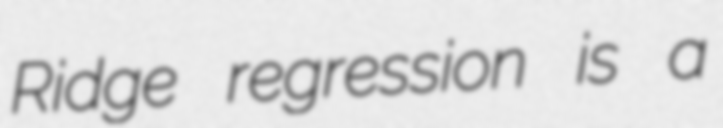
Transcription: Ridge regression is a